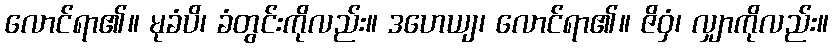
လောင်ရာ၏။ မုခံပိ၊ ခံတွင်းကိုလည်း။ ဒဟေယျ၊ လောင်ရာ၏။ ဇိဝှံ၊ လျှာကိုလည်း။